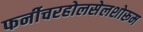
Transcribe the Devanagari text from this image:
फर्नीचरहोलसेलशोरूम